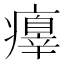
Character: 𤻁